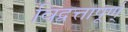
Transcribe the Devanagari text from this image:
विद्वत्तापूर्ण्‌